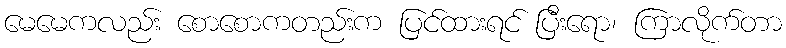
မေမေကလည်း စောစောကတည်းက ပြင်ထားရင် ပြီးရော၊ ကြာလိုက်တာ